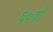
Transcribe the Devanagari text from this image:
६०वाँ